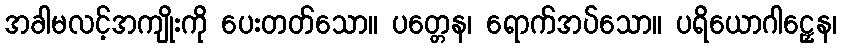
အခါမလင့်အကျိုးကို ပေးတတ်သော။ ပတ္တေန၊ ရောက်အပ်သော။ ပရိယောဂါဠှေန၊